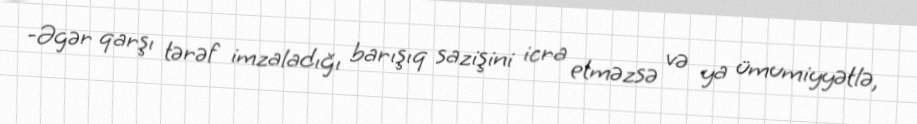
-Əgər qarşı tərəf imzaladığı barışıq sazişini icra etməzsə və ya ümumiyyətlə,